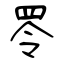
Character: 𦊓